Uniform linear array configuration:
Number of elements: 8
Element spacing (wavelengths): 0.75
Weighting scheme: uniform
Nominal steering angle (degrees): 60
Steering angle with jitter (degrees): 61.646
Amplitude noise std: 0.05
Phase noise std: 0.05

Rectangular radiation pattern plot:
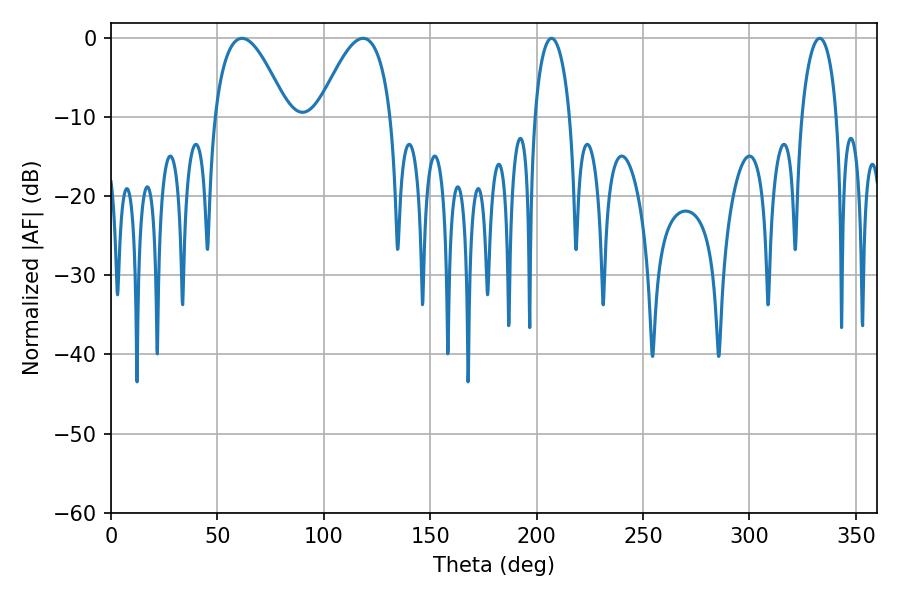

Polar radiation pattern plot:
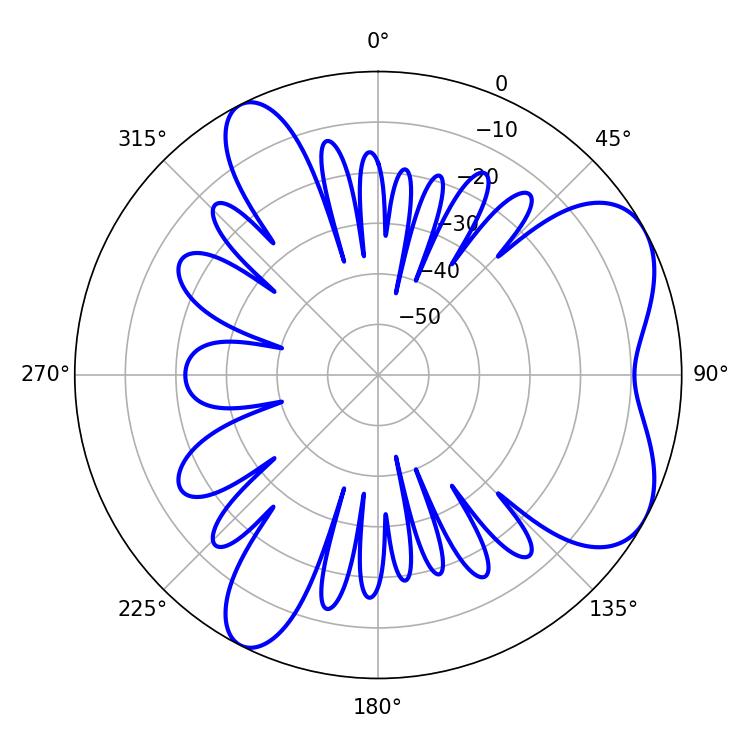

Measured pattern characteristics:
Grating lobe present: TRUE
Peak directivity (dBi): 6.196
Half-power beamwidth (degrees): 18.72
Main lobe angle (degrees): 61.56